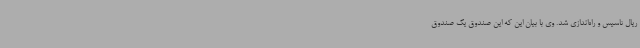
ریال تاسیس و راه‌اندازی شد. وی با بیان این که این صندوق یک صندوق